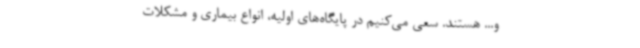
و... هستند. سعی می‌کنیم در پایگاه‌های اولیه، انواع بیماری و مشکلات